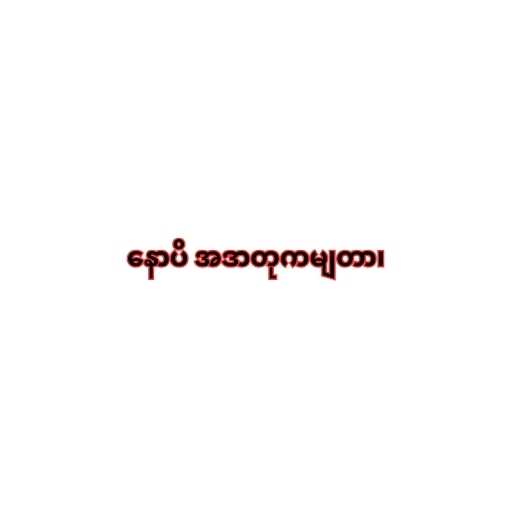
နောပိ အဒာတုကမျတာ၊